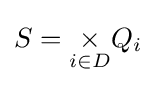
S={\underset {i\in D}{\times }}Q_{i}